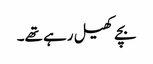
بچے کھیل رہے تھے۔